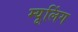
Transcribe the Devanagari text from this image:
म्यूलिंग